Annual report of the Imperial Bacteriological Laboratory, Muktesar
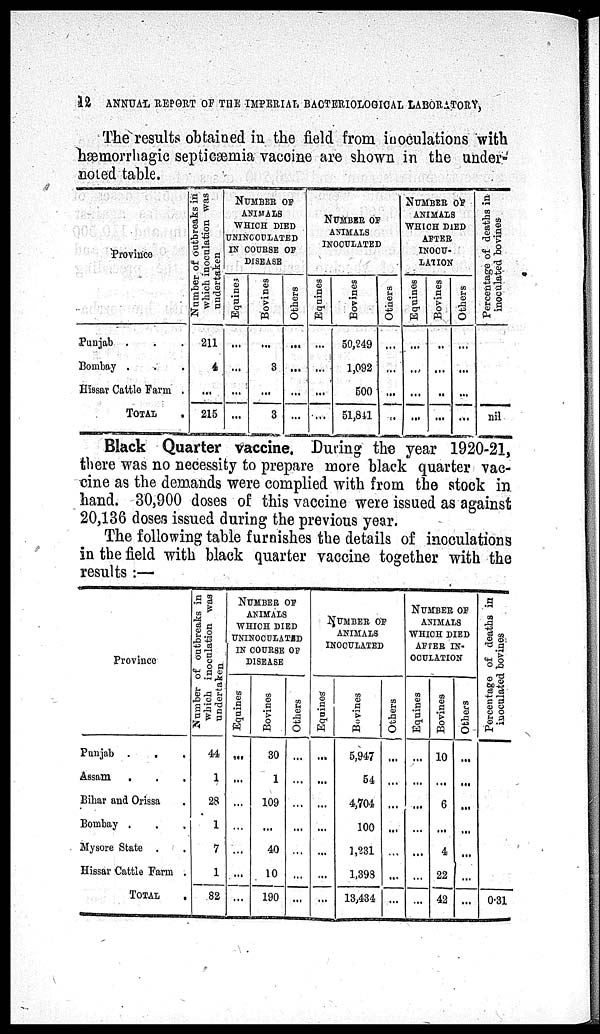
12 ANNUAL REPORT OF THE IMPERIAL BACTERIOLOGICAL LABORATORY,
The results obtained in the field from inoculations with
hæmorrhagic septicæmia vaccine are shown in the under-
noted table.
Province
Punjab . . .
Bombay . . .
Hissar Cattle Farm .
TOTAL .
Number of outbreaks in
which inoculation was
undertaken
211
4
...
215
NUMBER OF
ANIMALS
WHICH DIED
UNINCOLATED
IN COURSE OF
DISEASE
Equines
...
...
...
...
Bovines
...
3
...
3
Others
...
...
...
...
NUMBER OF
ANIMALS
INOCULATED
Equines
...
...
...
...
Bovines
50,249
1,092
500
51,841
Others
...
...
...
NUMBER OF
ANIMALS
WHICH DIED
AFTER
INOCU-
LATION
Eqnines
...
...
...
...
Bovines
...
...
...
...
Others
...
...
...
...
Percentage of deaths in
inoculated bovines
nil
Black Quarter vaccine. During the year 1920-21,
there was no necessity to prepare more black quarter vac-
cine as the demands were complied with from the stock in
hand. 30,900 doses of this vaccine were issued as against
20,136 doses issued during the previous year.
The following table furnishes the details of inoculations
in the field with black quarter vaccine together with the
results :—
Province
Punjab
Assam
.
.
.
.
Bihar and Orissa
Bombay .
Mysore State
.
.
Hissar Cattle Farm
TOTAL
.
.
.
.
.
.
.
Number
of outbreaks in
which inoculation was
undertaken
44
1
28
1
7
1
82
NUMBER OF
ANIMALS
WHICH DIED
UNINOCULATED
IN COURSE OF
DISEASE
Equi nes
...
...
...
...
...
...
...
Bovi ne s
30
1
109
...
40
10
190
Ot her s
...
...
...
...
...
...
...
NUMBER OF
ANIMALS
INOCULATED
Equines
...
...
...
...
...
...
...
Bovines
5,947
54
4,704
100
1,231
1,393
13,434
Others
...
...
...
...
...
...
...
NUMBER OF
ANIMALS
WHICH DIED
AFTER IN-
OCULATION
Equi nes
...
...
...
...
...
...
...
Bovines
10
...
6
...
4
22
42
Others
...
...
...
...
...
...
...
Percentage of deaths in
inoculated bovines
0.31